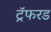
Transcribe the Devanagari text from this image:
ट्रॅफरड